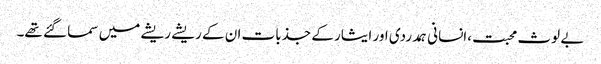
بے لوث محبت،انسانی ہمدردی اور ایثار کے جذبات ان کے ریشے ریشے میں سما گئے تھے۔